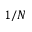
1 / N